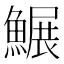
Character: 䱼